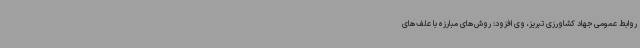
روابط عمومی جهاد کشاورزی تبریز، وی افزود: روش‌های مبارزه با علف‌های